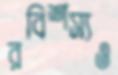
রবিশস্যও